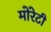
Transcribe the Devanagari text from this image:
मोरेटी